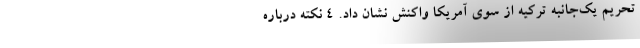
تحریم یک‌جانبه ترکیه از سوی آمریکا واکنش نشان داد. ۴ نکته درباره